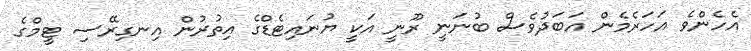
އެހެންވެ އަހަރެމެން އަބަދުވެސް ބުނަނީ ރޫނީ އަކީ ޔުނައިޓެޑްގެ އިތުރުން އިނގިރޭސި ޓީމްގެ